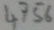
Text: 4756